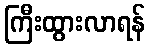
ကြီးထွားလာရန်